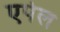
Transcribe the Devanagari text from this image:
एपेल